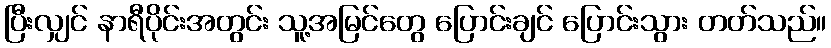
ပြီးလျှင် နာရီပိုင်းအတွင်း သူ့အမြင်တွေ ပြောင်းချင် ပြောင်းသွား တတ်သည်။